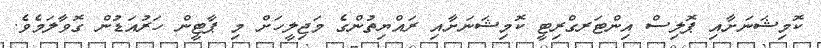
ކޮމިޝަނަށާއި ޕޮލިސް އިންޓަރގްރިޓީ ކޮމިޝަނަށާއި ރައްޔިތުންގެ މަޖިލީހަށް މި ޕާޓީން ހަރުއަޑުން ގޮވާލަމެވެ.